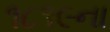
૧૮૧૯ના